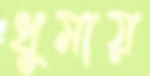
ধুমায়